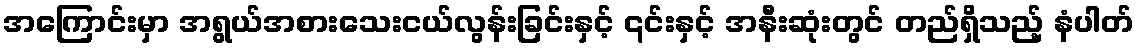
အကြောင်းမှာ အရွယ်အစားသေးငယ်လွန်းခြင်းနှင့် ၎င်းနှင့် အနီးဆုံးတွင် တည်ရှိသည့် နံပါတ်